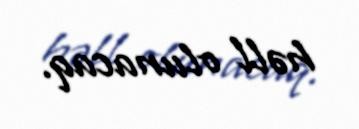
həll olunacaq.